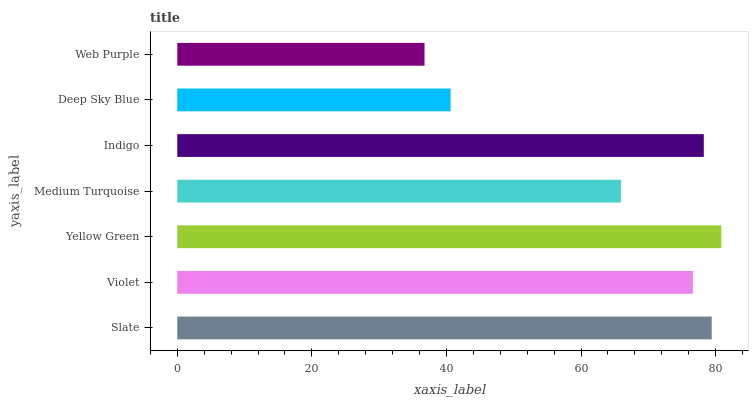
| yaxis_label | bars |
 | --- | --- |
 | Slate | 79.4 |
 | Violet | 76.6 |
 | Yellow Green | 80.8 |
 | Medium Turquoise | 65.9 |
 | Indigo | 78.2 |
 | Deep Sky Blue | 40.6 |
 | Web Purple | 36.7 |